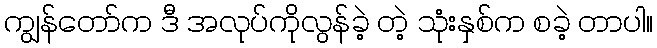
ကျွန်တော်က ဒီ အလုပ်ကိုလွန်ခဲ့ တဲ့ သုံးနှစ်က စခဲ့ တာပါ။